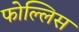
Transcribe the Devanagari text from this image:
फोल्लिस